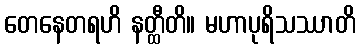
တေနေတရဟိ နတ္ထီတိ။ မဟာပုရိသဿာတိ